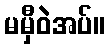
မမှီဝဲအပ်။